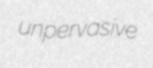
unpervasive